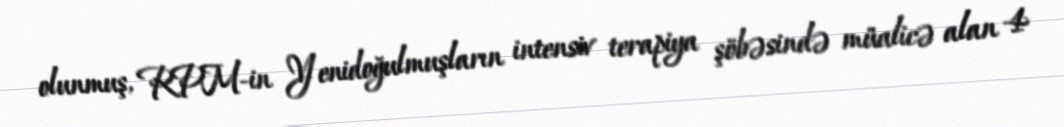
olunmuş, RPM-in Yenidoğulmuşların intensiv terapiya şöbəsində müalicə alan 4